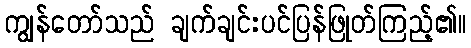
ကျွန်တော်သည် ချက်ချင်းပင်ပြန်ဖြုတ်ကြည့်၏။